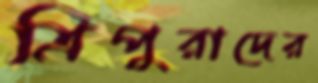
ত্রিপুরাদের